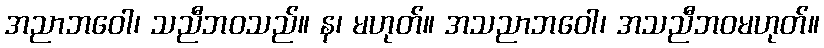
အညာဘဝေါ၊ သညီဘဝသည်။ န၊ မဟုတ်။ အသညာဘဝေါ၊ အသညီဘဝမဟုတ်။